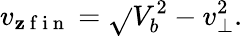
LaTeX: v_{\mathbf{z}\mathrm{{~f~i~n~}}}=\sqrt{}{{V_{b}^{2}-v_{\perp}^{2}}}.